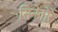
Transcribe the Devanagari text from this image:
सिनेतोरें